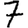
Digit: 7